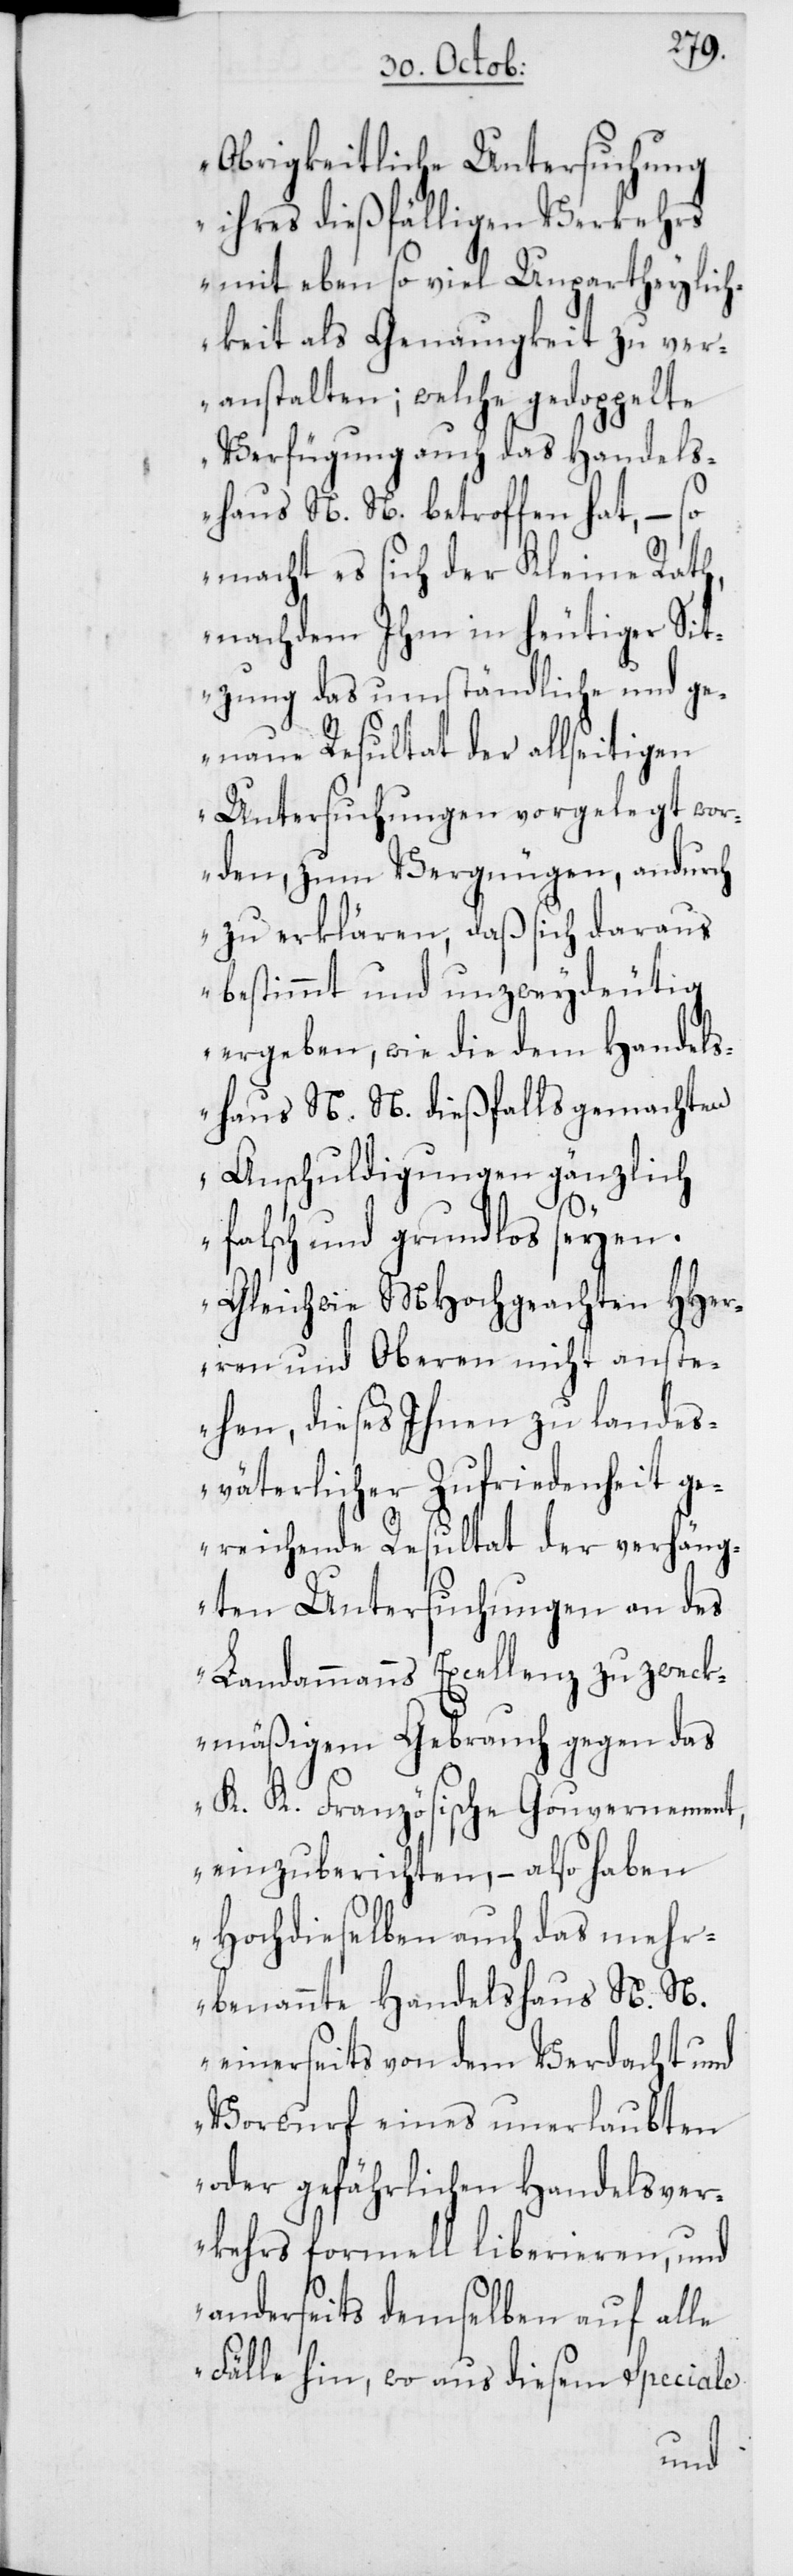
Obrigkeitliche Untersuchung
ihres dießfälligen Verkehrs
mit eben so viel Unpartheylich¬
keit als Genauigkeit zu ver¬
anstalten; welche gedoppelte
Verfügung auch das Handels¬
haus N. N. betroffen hat, – so
macht es sich der Kleine Rath,
nachdem Ihm in heutiger Sit¬
zung das umständliche und ge¬
naue Resultat der allseitigen
Untersuchungen vorgelegt wor¬
den, zum Vergnügen, andurch
zu erklären, daß sich daraus
bestimmt und unzweydeutig
ergeben, wie die dem Handels¬
haus N. N. dießfalls gemachten
Anschuldigungen gänzlich
falsch und grundlos seyen.
Gleichwie MHochgeachten HHer¬
ren und Oberen nicht anste¬
hen, dieses Ihnen zu landes¬
väterlicher Zufriedenheit ge¬
reichende Resultat der verhäng¬
ten Untersuchungen an des
Landammanns Excellenz zu zweck¬
mäßigem Gebrauch gegen das
K. K. Französische Gouvernement,
einzuberichten, – also haben
Hochdieselben auch das mehr¬
benannte Handelshaus N. N.
einerseits von dem Verdacht und
Vorwurf eines unerlaubten
oder gefährlichen Handelsver¬
kehrs formell liberieren, und
anderseits demselben auf alle
Fälle hin, wo aus diesem Speciale